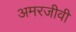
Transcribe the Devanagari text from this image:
अमरजीवी